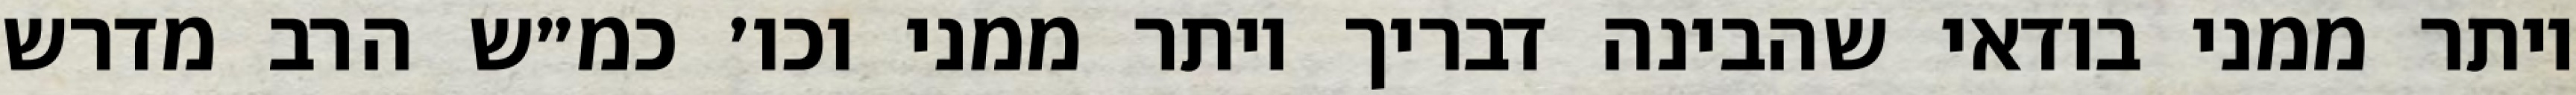
יותר ממני בודאי שהבינה דבריך יותר ממני וכו׳ כמ״ש הרב מדרש